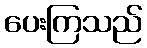
ပေးကြသည်